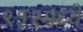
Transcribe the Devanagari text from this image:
९३१मध्ये